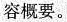
容概要.。